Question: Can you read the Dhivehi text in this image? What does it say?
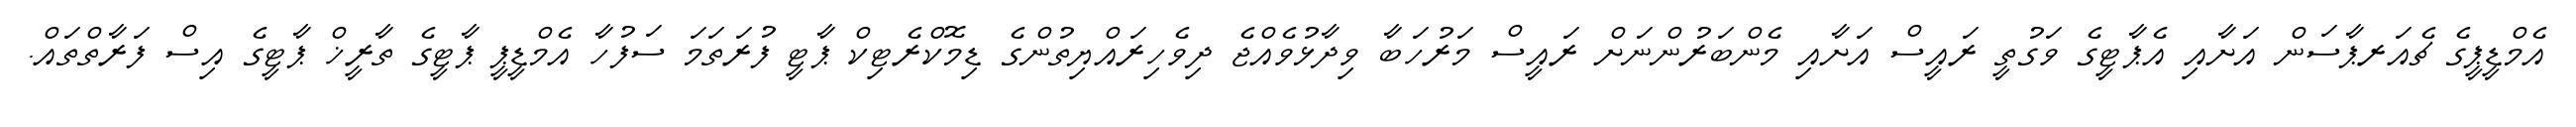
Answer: އެމްޑީޕީގެ ޗެއަރޕާސަން އަށާއި އެޕާޓީގެ ވަގުތީ ރައީސް އަށާއި މެންބަރުންނަށް ރައީސް މަރުހަބާ ވިދާޅުވެއްޖެ ދިވެހިރައްޔިތުންގެ ޑިމޮކްރެޓިކް ޕާޓީ ފުރަތަމަ ސަފުހާ އެމްޑީޕީ ޕާޓީގެ ތާރީޚް ޕާޓީގެ އިސް ފަރާތްތައް.